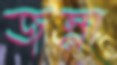
জস্না